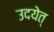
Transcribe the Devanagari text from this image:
उदयेत्‌